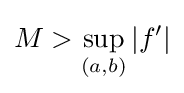
M>\sup _{(a,b)}|f'|